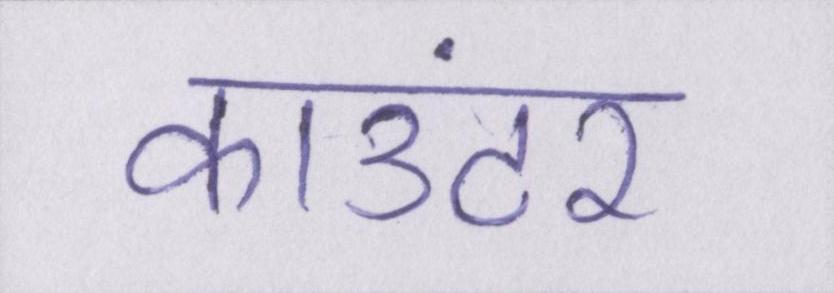
काउंटर